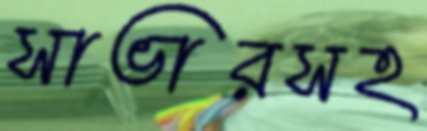
সাভারসহ